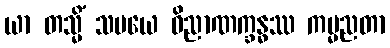
ယာ တသ္မိံ သမယေ ဝိညာဏက္ခန္ဓဿ ကမ္မညတာ